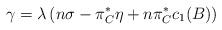
LaTeX: \begin{align*}\gamma = \lambda\left( n\sigma - \pi_{C}^* \eta + n \pi_{C}^* c_1(B) \right)\end{align*}